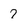
Character: 7